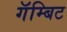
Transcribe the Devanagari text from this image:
गॅम्बिट